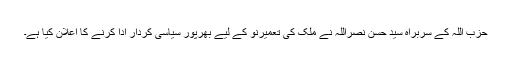
حزب اللہ کے سربراہ سید حسن نصراللہ نے ملک کی تعمیرنو کے لیے بھرپور سیاسی کردار ادا کرنے کا اعلان کیا ہے۔